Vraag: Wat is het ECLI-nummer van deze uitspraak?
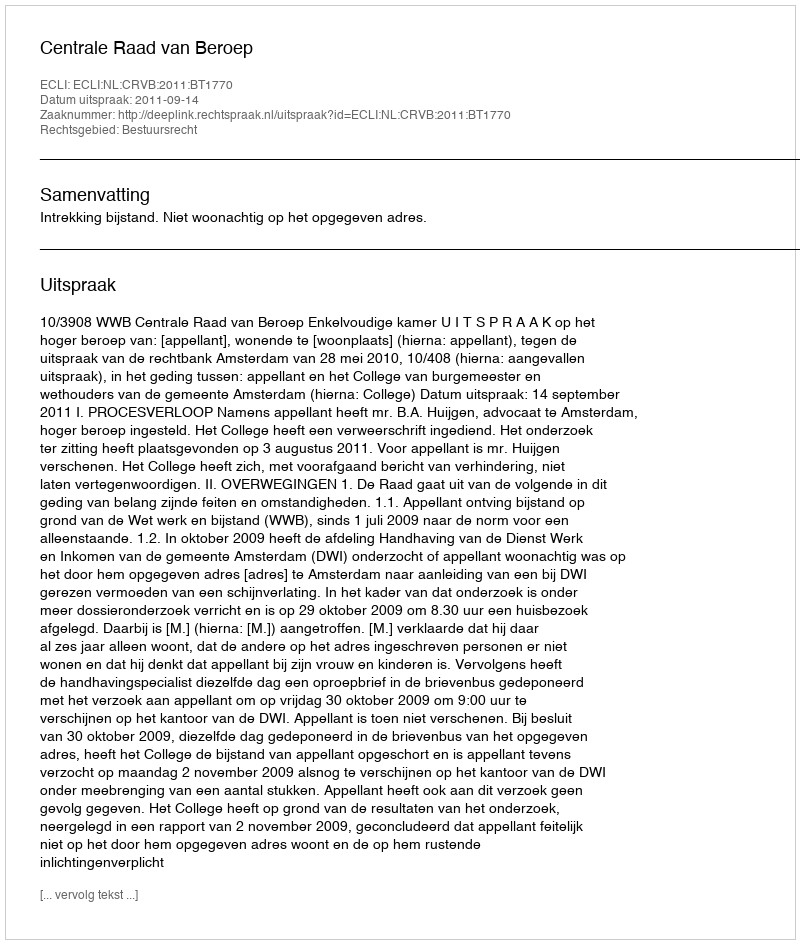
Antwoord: ECLI:NL:CRVB:2011:BT1770